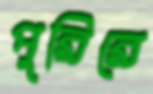
পুরিরে